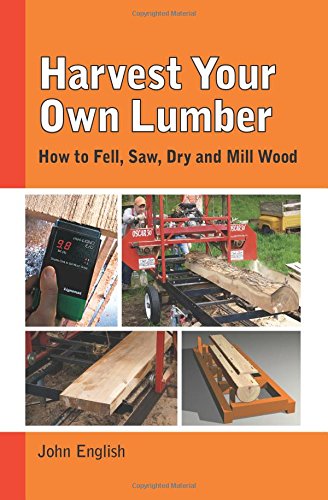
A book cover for Harvest Your Own Lumber: How to Fell, Saw, Dry and Mill Wood; John English; Science & Math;